General report no. 6 on the lunatic asylums, vaccination and dispensaries in the Bengal Presidency, 1873 -
Year: 1873
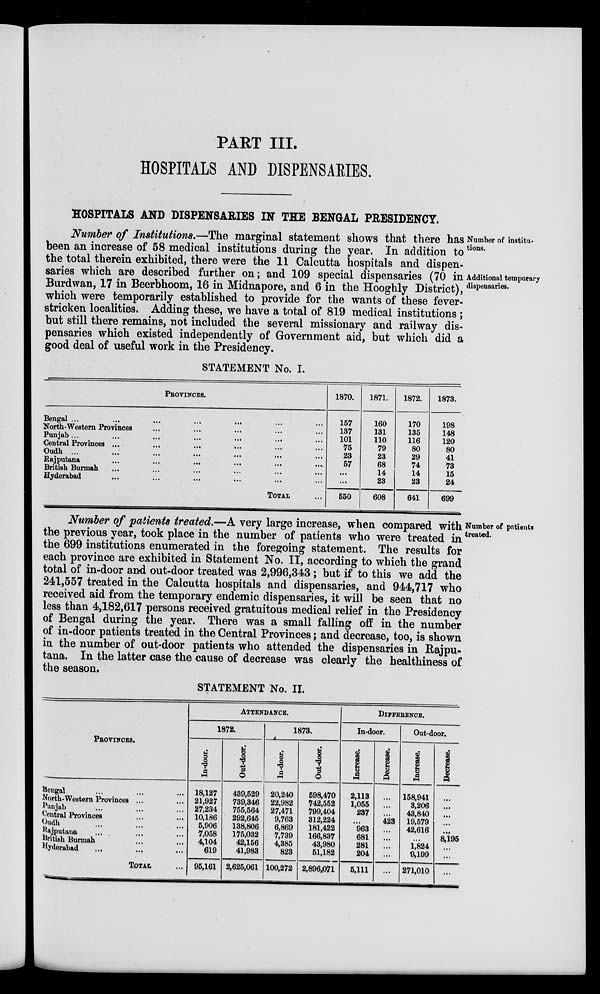
PART III.
HOSPITALS AND DISPENSARIES.
HOSPITALS AND DISPENSARIES IN THE BENGAL PRESIDENCY.
Number of institu-
tions.
Additional temporary
dispensaries.
Number of Institutions.—The marginal statement shows that there has
been an increase of 58 medical institutions during the year. In addition to
the total therein exhibited, there were the 11 Calcutta hospitals and dispen-
saries which are described further on; and 109 special dispensaries (70 in
Burdwan, 17 in Beerbhoom, 16 in Midnapore, and 6 in the Hooghly District),
which were temporarily established to provide for the wants of these fever-
stricken localities. Adding these, we have a total of 819 medical institutions;
but still there remains, not included the several missionary and railway dis-
pensaries which existed independently of Government aid, but which did a
good deal of useful work in the Presidency.
STATEMENT No. I.
PROVINCES.
Bengal ... ... ... ... ... ...
North-Western Provinces ... ... ... ... ...
Punjab...
...
...
...
...
... ...
Central Provinces ...
...
...
... ... ...
Oudh ... ... ... ... ... ... ...
Rajputana ... ... ... ... ... ...
British Burmah ... ... ... ... ... ...
Hyderabad ... ... ... ... ... ...
TOTAL ...
1870.
157
137
101
75
23
57
...
...
550
1871.
160
131
110
79
23
68
14
23
608
1872.
170
135
116
80
29
74
14
23
641
1873.
198
148
120
80
41
73
15
24
699
Number of patients
treated.
Number of patients treated.—A very large increase, when compared with
the previous year, took place in the number of patients who were treated in
the 699 institutions enumerated in the foregoing statement. The results for
each province are exhibited in Statement No. II, according to which the grand
total of in-door and out-door treated was 2,996,343; but if to this we add the
241,557 treated in the Calcutta hospitals and dispensaries, and 944,717 who
received aid from the temporary endemic dispensaries, it will be seen that no
less than 4,182,617 persons received gratuitous medical relief in the Presidency
of Bengal during the year. There was a small falling off in the number
of in-door patients treated in the Central Provinces; and decrease, too, is shown
in the number of out-door patients who attended the dispensaries in Rajpu-
tana. In the latter case the cause of decrease was clearly the healthiness of
the season.
STATEMENT No. II.
PROVINCES.
Bengal ... ... ...
North-Western Provinces ... ...
Punjab ... ... ...
Central Provinces ... ...
Oudh ... ... ...
Rajputana ... ... ...
British Burmah ... ...
Hyderabad ... ... ...
TOTAL ...
ATTENDANCE.
1872.
In-door.
18,127
21,927
27,284
10,186
5,906
7,058
4,104
619
95,161
Out-door.
439,529
739,346
755,564
292,645
188,806
175,032
42,156
41,983
2,625,061
1873.
In-door.
20,240
22,982
27,471
9,763
6,869
7,739
4,385
823
100,272
Oat-door.
598,470
742,552
799,404
312,224
181,422
166,837
43,980
51,182
2,896,071
DIFFERENCE.
In-door.
Increase.
2,113
1,055
237
...
963
681
281
204
5,111
Decrease.
...
...
...
423
...
...
...
...
...
Out-door.
Increase.
158,941
3,206
43,840
19,579
42,616
...
1,824
9,199
271,010
Decrease.
...
...
...
...
...
8,195
...
...
...